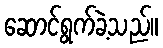
ဆောင်ရွက်ခဲ့သည်။